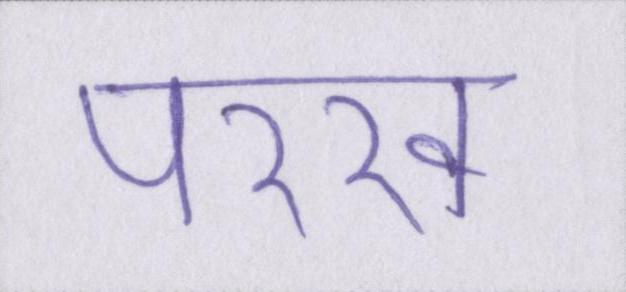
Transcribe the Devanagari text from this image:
परख